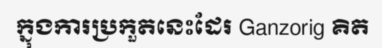
ក្នុងការប្រកួតនេះដែរ Ganzorig គិត